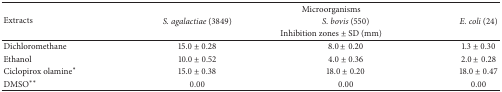
<table><thead><tr><td rowspan="3"><b>Extracts</b></td><td colspan="3"><b>Microorganisms</b></td></tr><tr><td><b><i>S. agalactiae</i> (3849)</b></td><td><b><i>S. bovis</i> (550)</b></td><td><b><i>E. coli</i> (24)</b></td></tr><tr><td colspan="3"><b>Inhibition zones ± SD (mm)</b></td></tr></thead><tbody><tr><td>Dichloromethane</td><td>15.0 ± 0.28</td><td>8.0 ± 0.20</td><td>1.3 ± 0.30</td></tr><tr><td>Ethanol</td><td>10.0 ± 0.52</td><td>4.0 ± 0.36</td><td>2.0 ± 0.28</td></tr><tr><td>Ciclopirox olamine<sup>*</sup></td><td>15.0 ± 0.38</td><td>18.0 ± 0.20</td><td>18.0 ± 0.47</td></tr><tr><td>DMSO<sup>**</sup></td><td>0.00</td><td>0.00</td><td>0.00</td></tr></tbody></table>